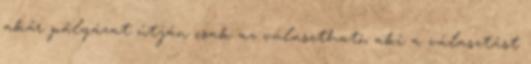
akár pályázat útján csak az választható, aki a választást